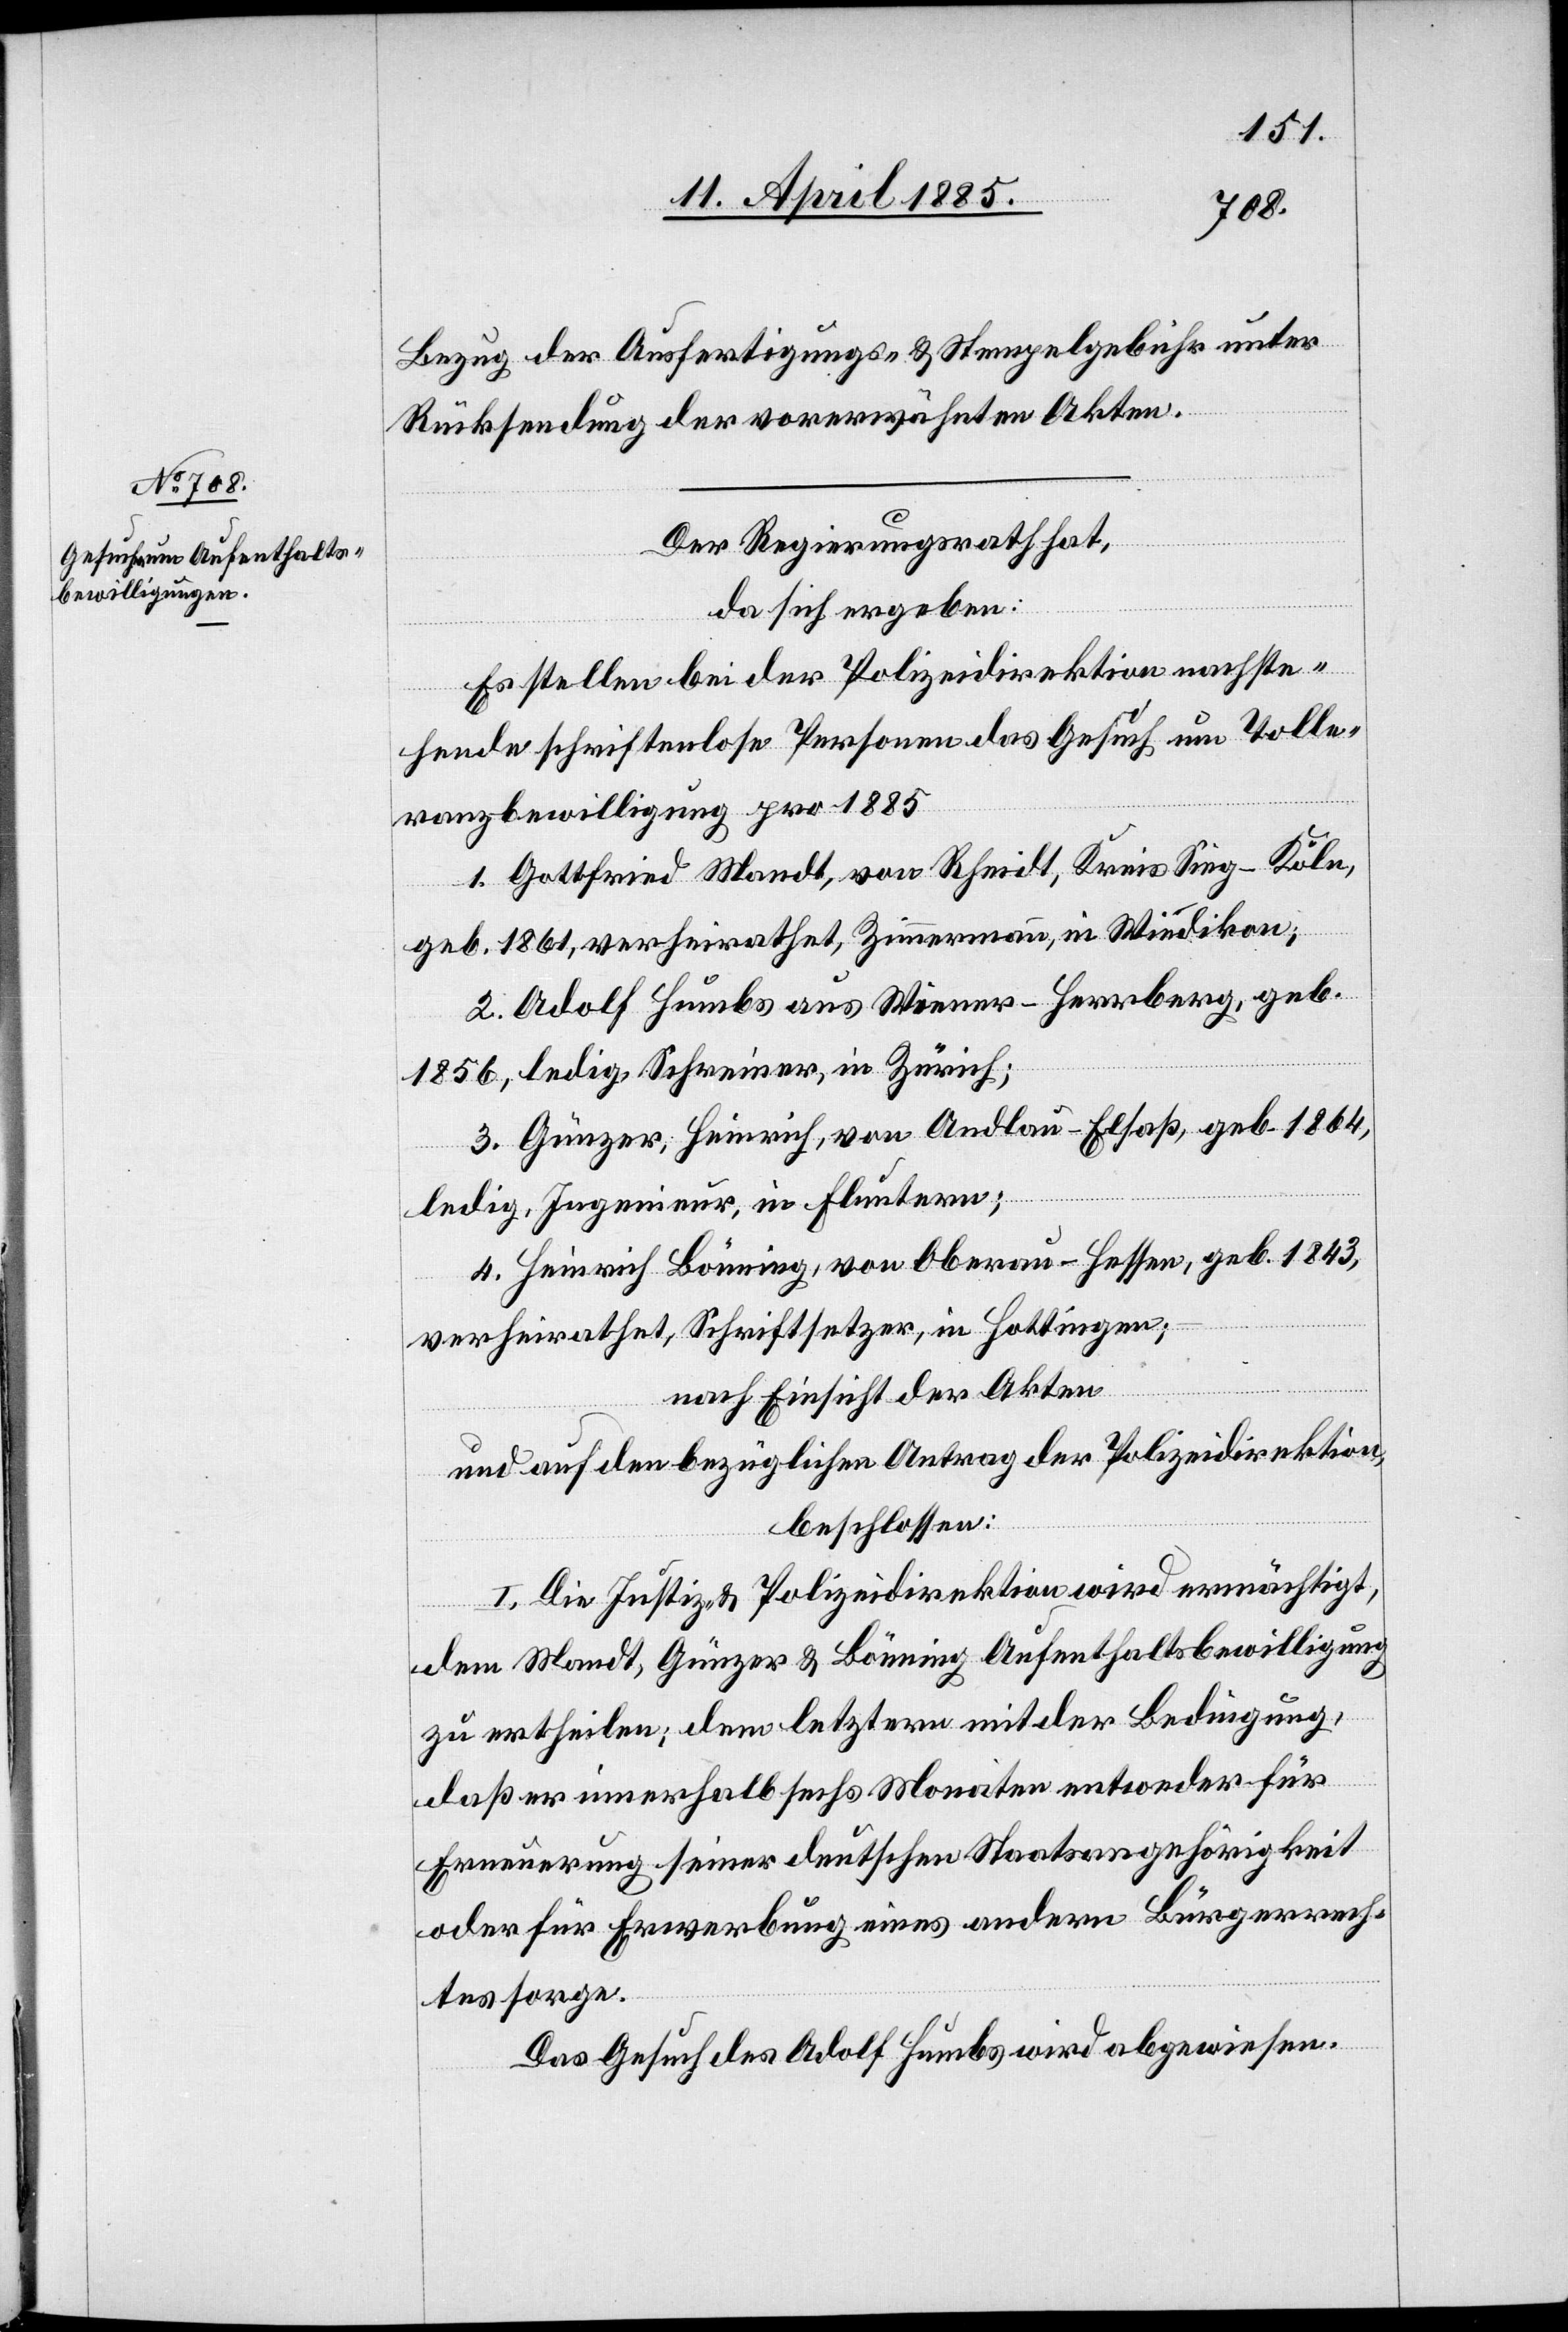
Bezug der Ausfertigungs- & Stempelgebühr unter
Rücksendung der vorerwähnten Akten.
Der Regierungsrath hat,
da sich ergeben:
Es stellen bei der Polizeidirektion nachste¬
hende schriftenlose Personen das Gesuch um Tole¬
ranzbewilligung pro 1885
1. Gottfried Mandt, von Rheidt, Kreis Sieg - Köln,
geb. 1861, verheirathet, Zimmermann, in Wiedikon;
2. Adolf Humbs aus Wiener - Herr[en]berg, geb.
1856, ledig, Schreiner, in Zürich;
3. Günzer, Heinrich, von Andlau - Elsaß, geb. 1864,
ledig, Ingenieur, in Fluntern;
4. Heinrich Bönning, von Oberau - Hessen, geb. 1843,
verheirathet, Schriftsetzer, in Hottingen;
nach Einsicht der Akten
und auf den bezüglichen Antrag der Polizeidirektion,
beschlossen:
I. Die Justiz- & Polizeidirektion wird ermächtigt,
dem Mandt, Günzer & Bönning Aufenthaltsbewilligung
zu ertheilen; dem letztern mit der Bedingung,
daß er innerhalb sechs Monaten entweder für
Erneuerung seiner deutschen Staatsangehörigkeit
oder für Erwerbung eines andern Bürgerrech¬
tes sorge.
Das Gesuch des Adolf Humbs wird abgewiesen.